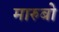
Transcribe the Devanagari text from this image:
मारुबो